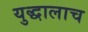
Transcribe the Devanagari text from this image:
युद्धालाच